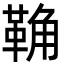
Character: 𩊺